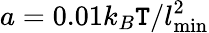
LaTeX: a=0.01k_{B}\mathtt{T}/l_{\mathrm{{min}}}^{2}